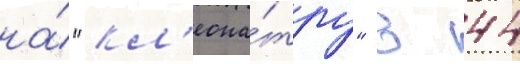
на́ "кл'еопа́тру" в 44